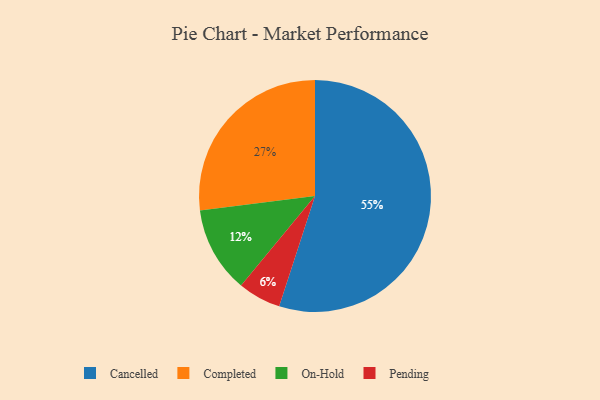
{"axis": {"x": "Category", "y": "Percentage"}, "legend": ["Cancelled", "Completed", "On-Hold", "Pending"], "data": [{"x": "Cancelled", "y": 55, "type": "Cancelled"}, {"x": "On-Hold", "y": 12, "type": "On-Hold"}, {"x": "Pending", "y": 6, "type": "Pending"}, {"x": "Completed", "y": 27, "type": "Completed"}]}